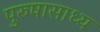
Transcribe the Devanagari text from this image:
पुरुषासाध्य